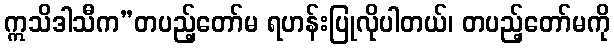
ဣသိဒါသီက”တပည့်တော်မ ရဟန်းပြုလိုပါတယ်၊ တပည့်တော်မကို